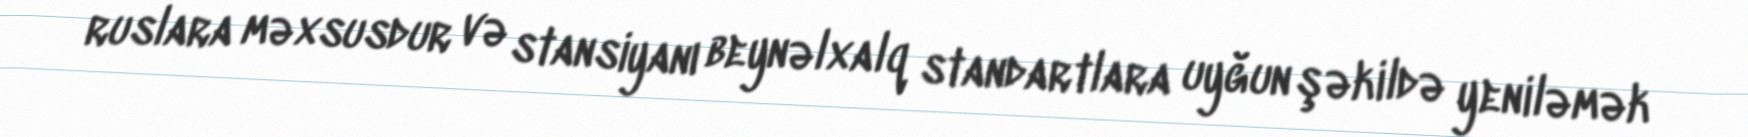
ruslara məxsusdur və stansiyanı beynəlxalq standartlara uyğun şəkildə yeniləmək